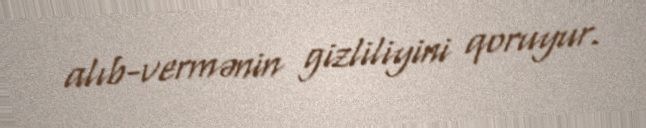
alıb-vermənin gizliliyini qoruyur.